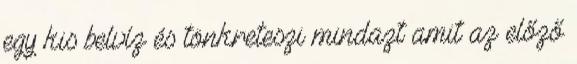
egy kis belvíz és tönkreteszi mindazt amit az előző